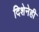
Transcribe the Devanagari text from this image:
दिशेनेही